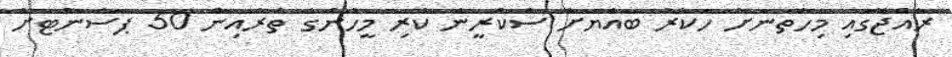
ރާއްޖޭގައި މިހާތަނަށް ހަކުރު ބައްޔަށް ސްކްރީން ކުރި މީހުންގެ ތެރެއިން 50 ޕަސެންޓަށް